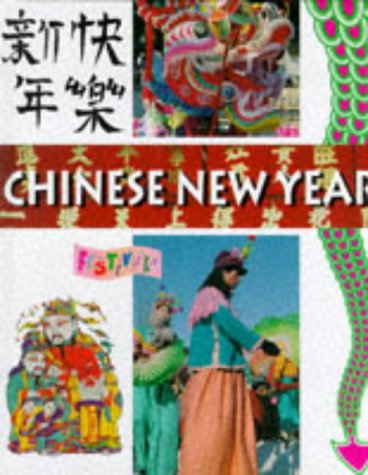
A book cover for Chinese New Year (Festivals); Sarah Moyse; Children's Books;